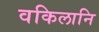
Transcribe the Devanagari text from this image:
वकिलानि